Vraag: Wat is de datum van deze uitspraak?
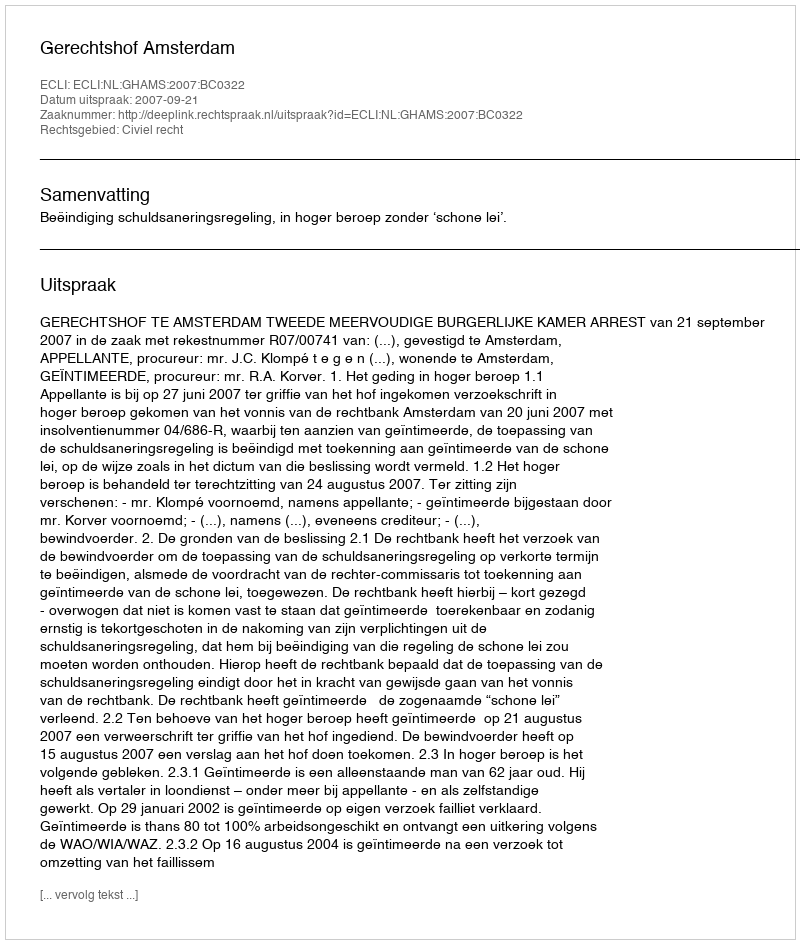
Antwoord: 2007-09-21